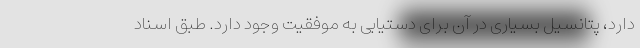
دارد، پتانسیل بسیاری در آن برای دستیابی به موفقیت وجود دارد. طبق اسناد